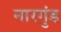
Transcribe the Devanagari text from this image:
नारगुंड